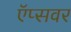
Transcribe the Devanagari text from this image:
ऍप्सवर